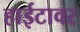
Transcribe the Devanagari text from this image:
हाईटावर